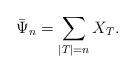
LaTeX: \begin{align*}\bar\Psi_n = \sum_{|T|=n}X_T.\end{align*}